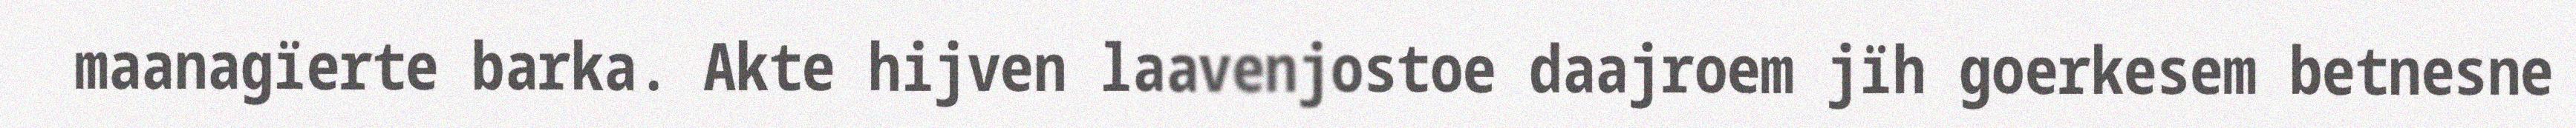
maanagïerte barka. Akte hijven laavenjostoe daajroem jïh goerkesem betnesne